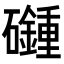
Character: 𥗦